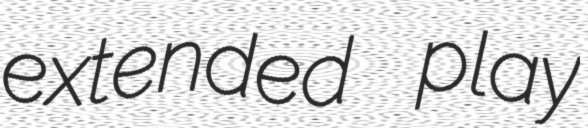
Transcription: extended play